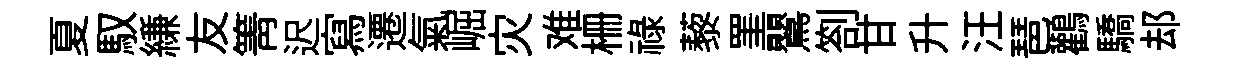
夏馭縑友箐迟寫遷氣崛灾难栅禄藜罣鸎劄甘升汪琶鸛驕𨚫